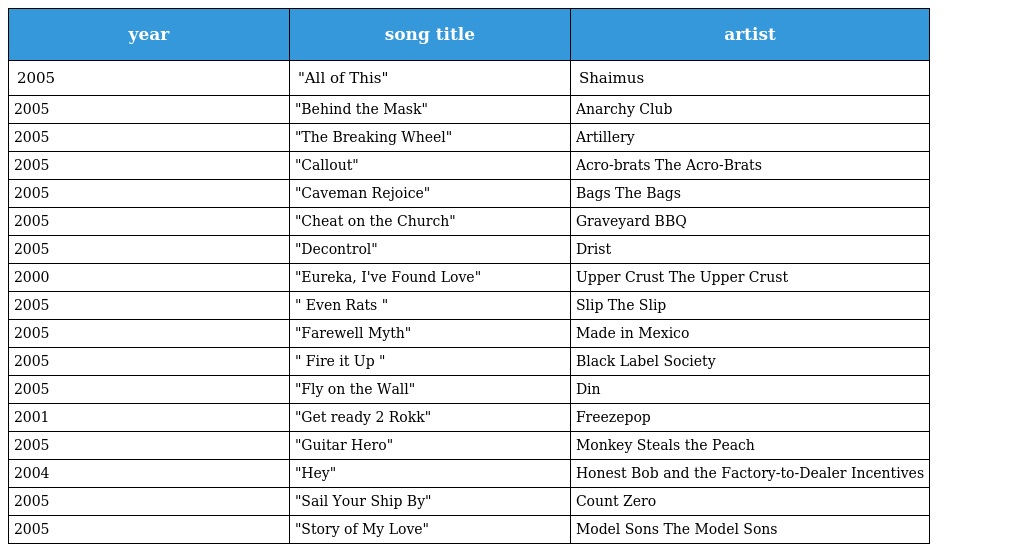
| year | song title | artist |
 | --- | --- | --- |
 | 2005 | "All of This" | Shaimus |
 | 2005 | "Behind the Mask" | Anarchy Club |
 | 2005 | "The Breaking Wheel" | Artillery |
 | 2005 | "Callout" | Acro-brats The Acro-Brats |
 | 2005 | "Caveman Rejoice" | Bags The Bags |
 | 2005 | "Cheat on the Church" | Graveyard BBQ |
 | 2005 | "Decontrol" | Drist |
 | 2000 | "Eureka, I've Found Love" | Upper Crust The Upper Crust |
 | 2005 | " Even Rats " | Slip The Slip |
 | 2005 | "Farewell Myth" | Made in Mexico |
 | 2005 | " Fire it Up " | Black Label Society |
 | 2005 | "Fly on the Wall" | Din |
 | 2001 | "Get ready 2 Rokk" | Freezepop |
 | 2005 | "Guitar Hero" | Monkey Steals the Peach |
 | 2004 | "Hey" | Honest Bob and the Factory-to-Dealer Incentives |
 | 2005 | "Sail Your Ship By" | Count Zero |
 | 2005 | "Story of My Love" | Model Sons The Model Sons |